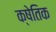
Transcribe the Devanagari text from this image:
क्षेतिक